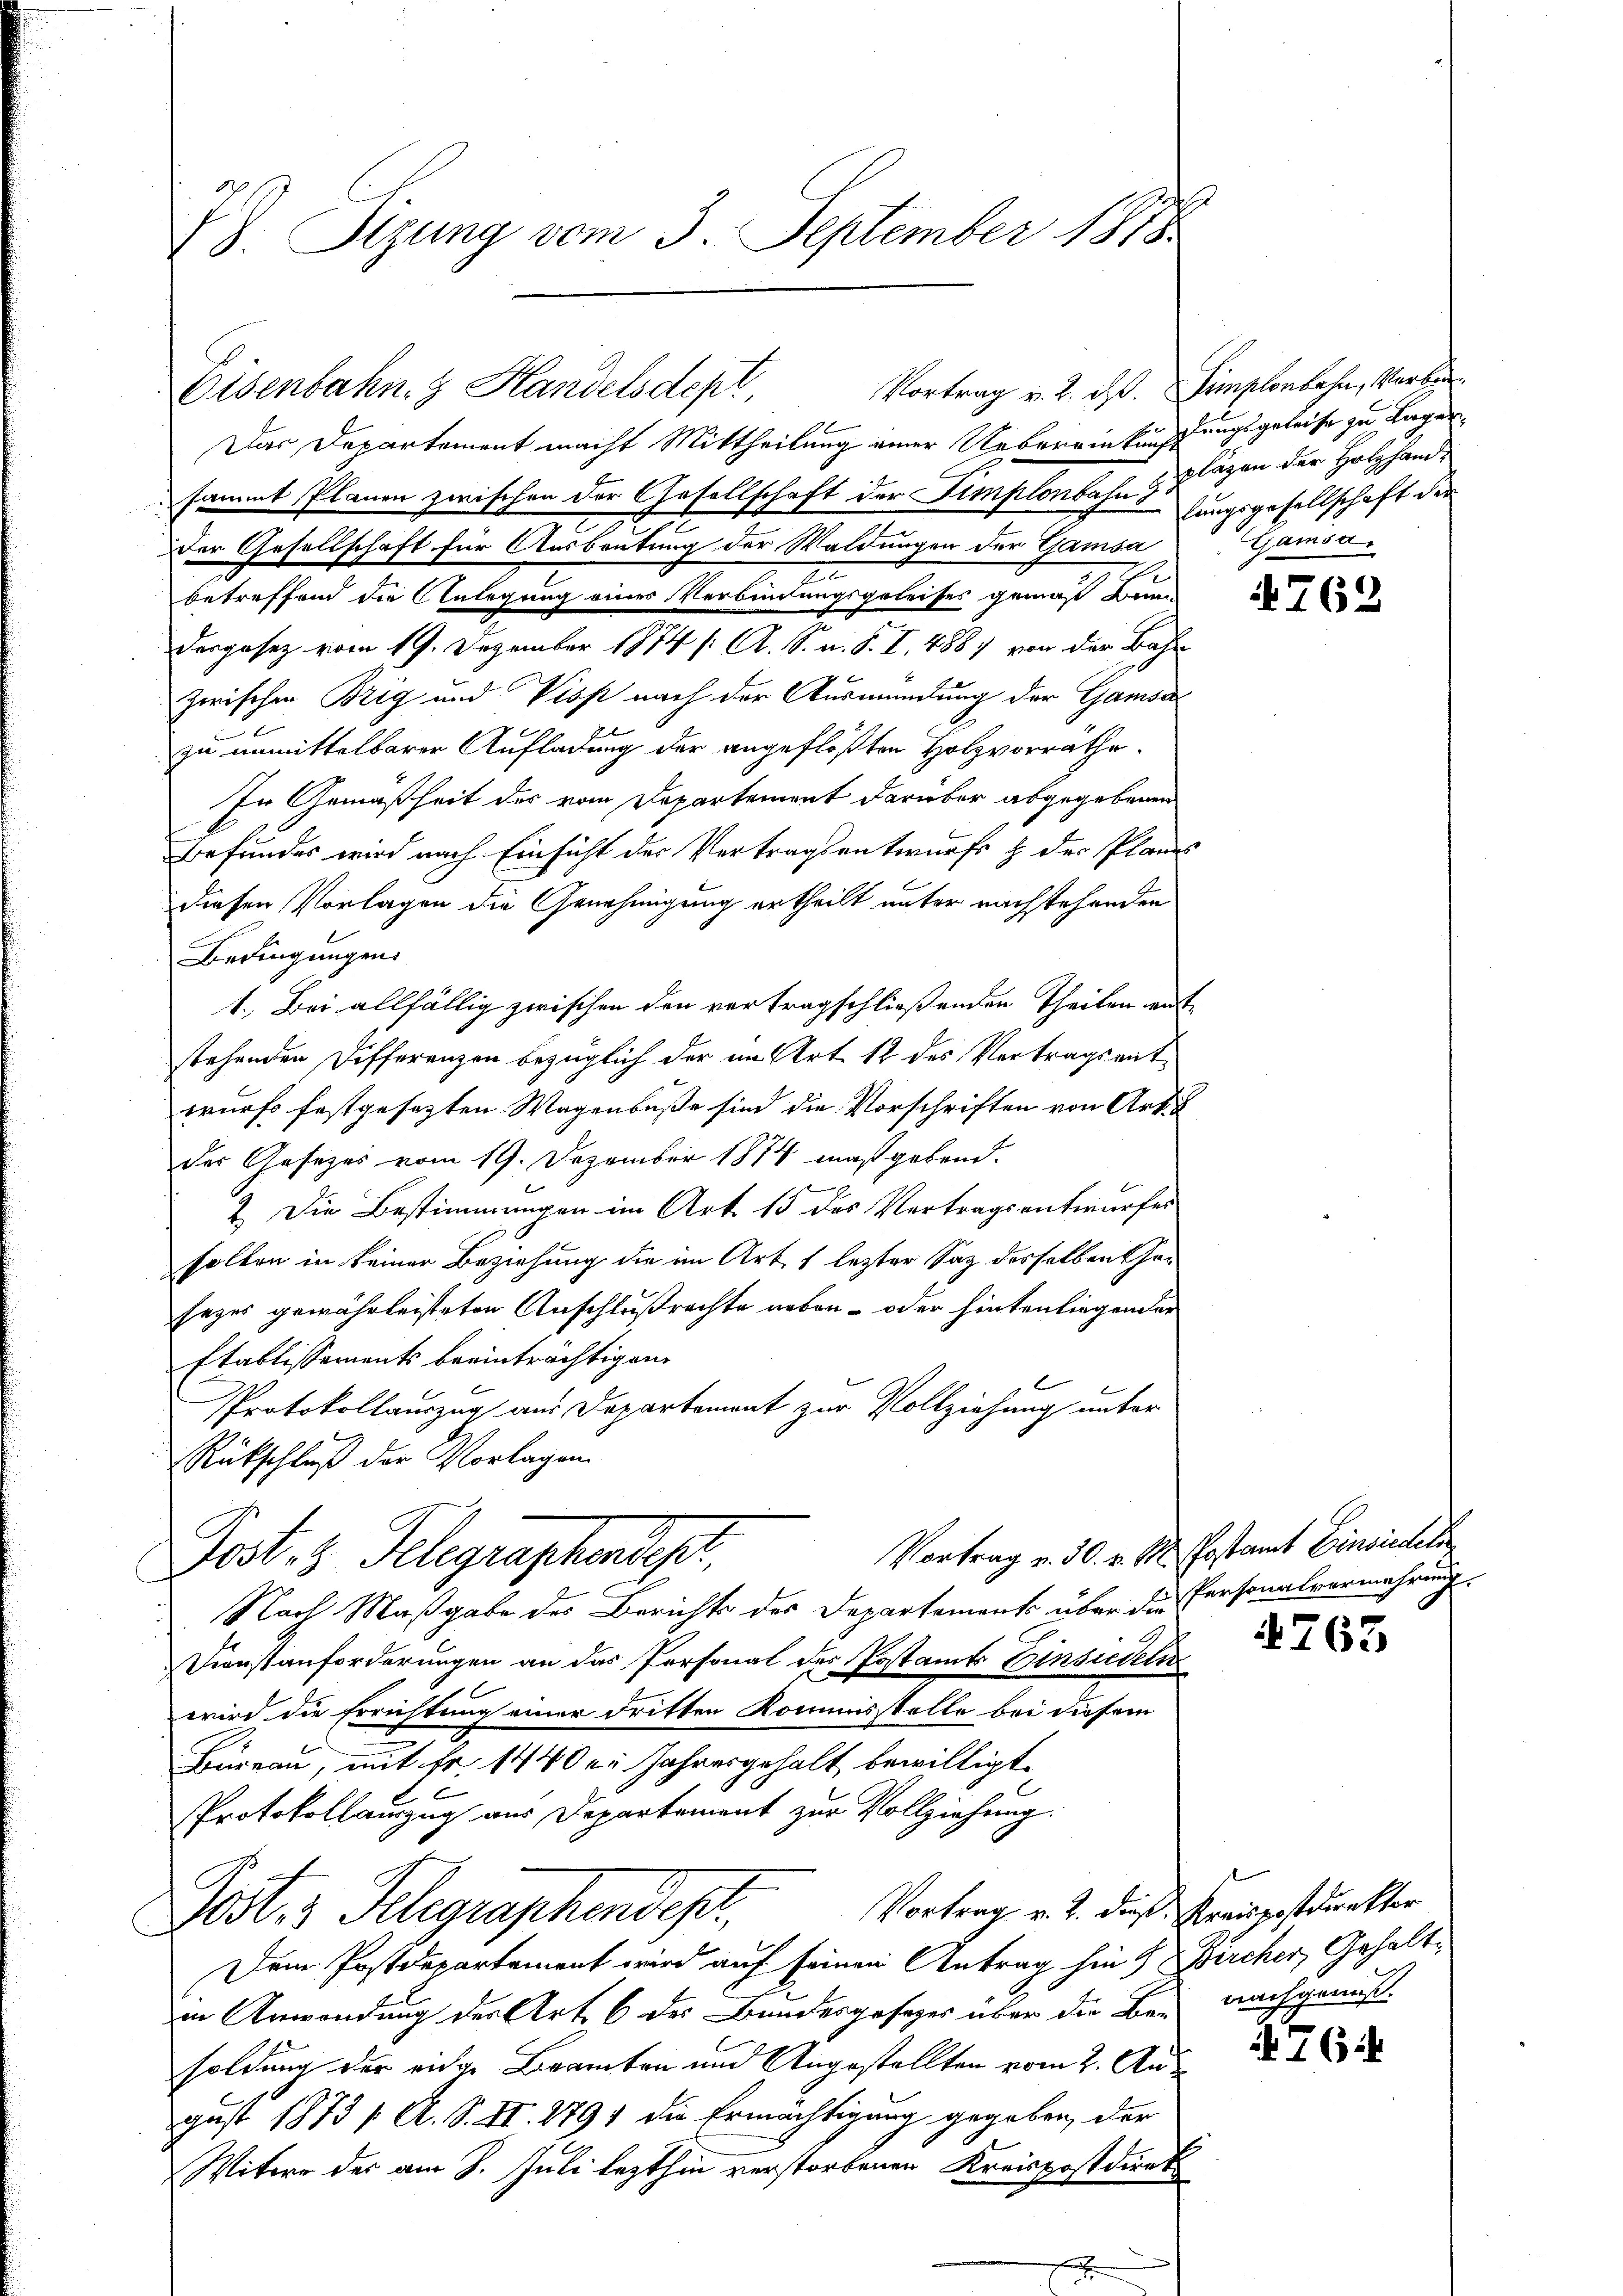
28. Sizung vom 3. September 1878

Das Departement macht Mittheilung einer Uebereinkunftungsgeleise zu Lager,
sammt Planen zwischen der Gesellschaft der Simplonbahn thungsgesellschaft der
Der Gesellschaft für Ausbeutung der Waldungen der Gamsa
2
betreffend die Anlegung eines Verbindungsgeleises gemäß Bann
Dargesetz vom 19. Dezember 1874 /: A. S. u. S. I. 488) von der Bahn
zwischen Brig und Viss nach der Ausmündung der Gamsa
zu unmittelbarer Aufladung der angeflößten Holzvorräthe.
In Gemäßheit des vom Departement darüber abgegebenen
Befundes wird nach Einsicht der Vertragsentwurfs & der Planes
diesen Vorlagen die Genehmigung ertheilt unter nachstehenden
Bedingungen.
1. Bei allfällig zwischen den vertragschließenden Theilen aufstehenden Differenzen bezüglich der im Art 12 des Vertragsentwurfs festgesezten Wagenbuße sind die Vorschriften von Art.
der Gesezes vom 19. Dezember 1884 maßgebend.
.
2. Die Bestimmungen im Art. 13 des Vertragsentwurfes
solten in keiner Beziehung die im Art. 1 lezter Sag desselben Gesezes gewährleisteten Anschlußrechte neben - oder hintenliegender
Etablissements beeinträchtigen
Protokollauszug aus Departement zur Vollziehung unter
Rückschluß der Vorlagen
Vortrag v. 30. v. M. Postamt Einsiedeln
Post 3 Telegraphendes,
Nach Maßgabe des Bericht des Departements über die Personalvermehrung.
Dienstanforderungen an das Personal des Postamts Einsiedeln
wird die Errichtung einer dritten Kommisstelle bei diesem
Bureau, mit Fr. 1440er Jahresgehalt bewilligt,
Protokollauszug aus Departement zur Vollziehung:
Vortrag v. 2. dieß Kreispostdunkter
Post 3 Klegraphendes,
Dem Postdepartament wird auf seinen Antrag hin 9 Bircher, Gehaltin Anwendung der Art. 6 des Bundesgesezes über die Be- nachgewiß.
soldung der einge Beamten und Angestellten vom 2. August 1873 / A. S. II. 1791 die Ermächtigung gegeben, der
Witwe der am 8. Juli lezthin verstorbenen Kreispostdiret

Eisenbahn. Handelsdept

Vortrag v. 2. ds. Simplonbahn, Verbr

pläzen der Holzhand¬
Gamsa

762

763

76